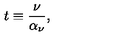
t \equiv { \frac { \nu } { \alpha _ { \nu } } } ,